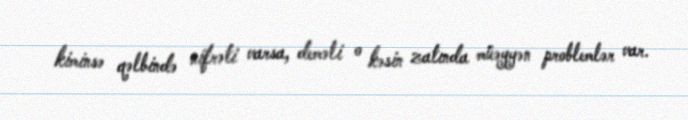
kiminsə qəlbində nifrəti varsa, deməli o kəsin zatında müəyyən problemlər var.